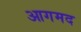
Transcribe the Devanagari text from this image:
आगमद